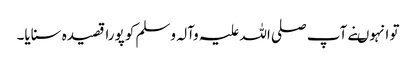
تو انہوںنے آپ صلی اللہ علیہ وآلہ وسلم کو پورا قصیدہ سنایا۔